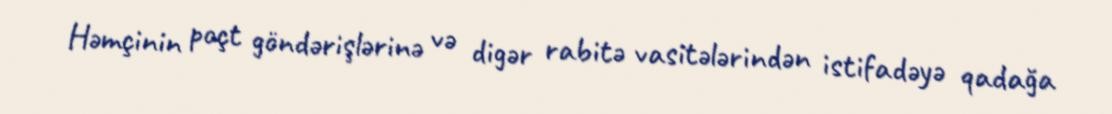
Həmçinin poçt göndərişlərinə və digər rabitə vasitələrindən istifadəyə qadağa